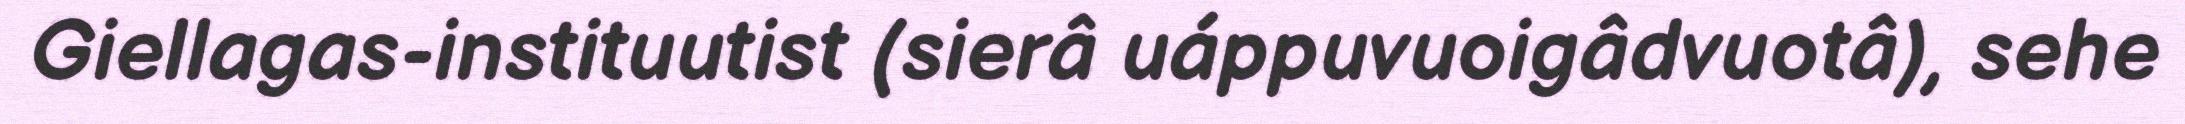
Giellagas-instituutist (sierâ uáppuvuoigâdvuotâ), sehe